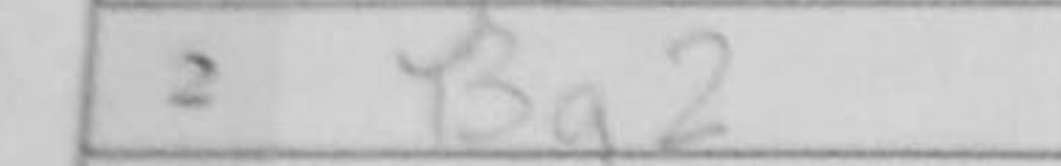
Transcription: Bg2